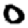
Digit: 0